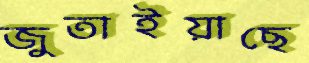
জুতাইয়াছে